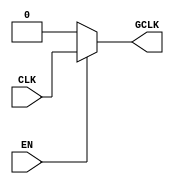
module static_clock_gating (
    input wire CLK,     // Primary clock signal
    input wire EN,      // Enable signal
    output wire GCLK    // Gated clock output
);

// Gating logic: GCLK is driven by CLK when EN is high, otherwise GCLK is low
assign GCLK = EN ? CLK : 1'b0;

endmodule